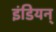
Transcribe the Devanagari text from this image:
इंडियन्